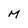
Character: M